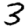
Digit: 3